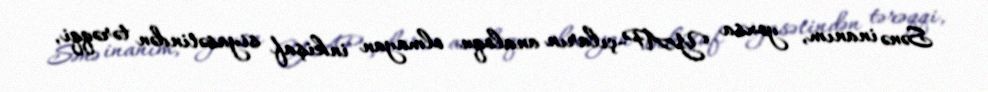
Sənə inanım, yoxsa YAP-çıların analoqu olmayan inkişaf siyasətindən tərəqqi,